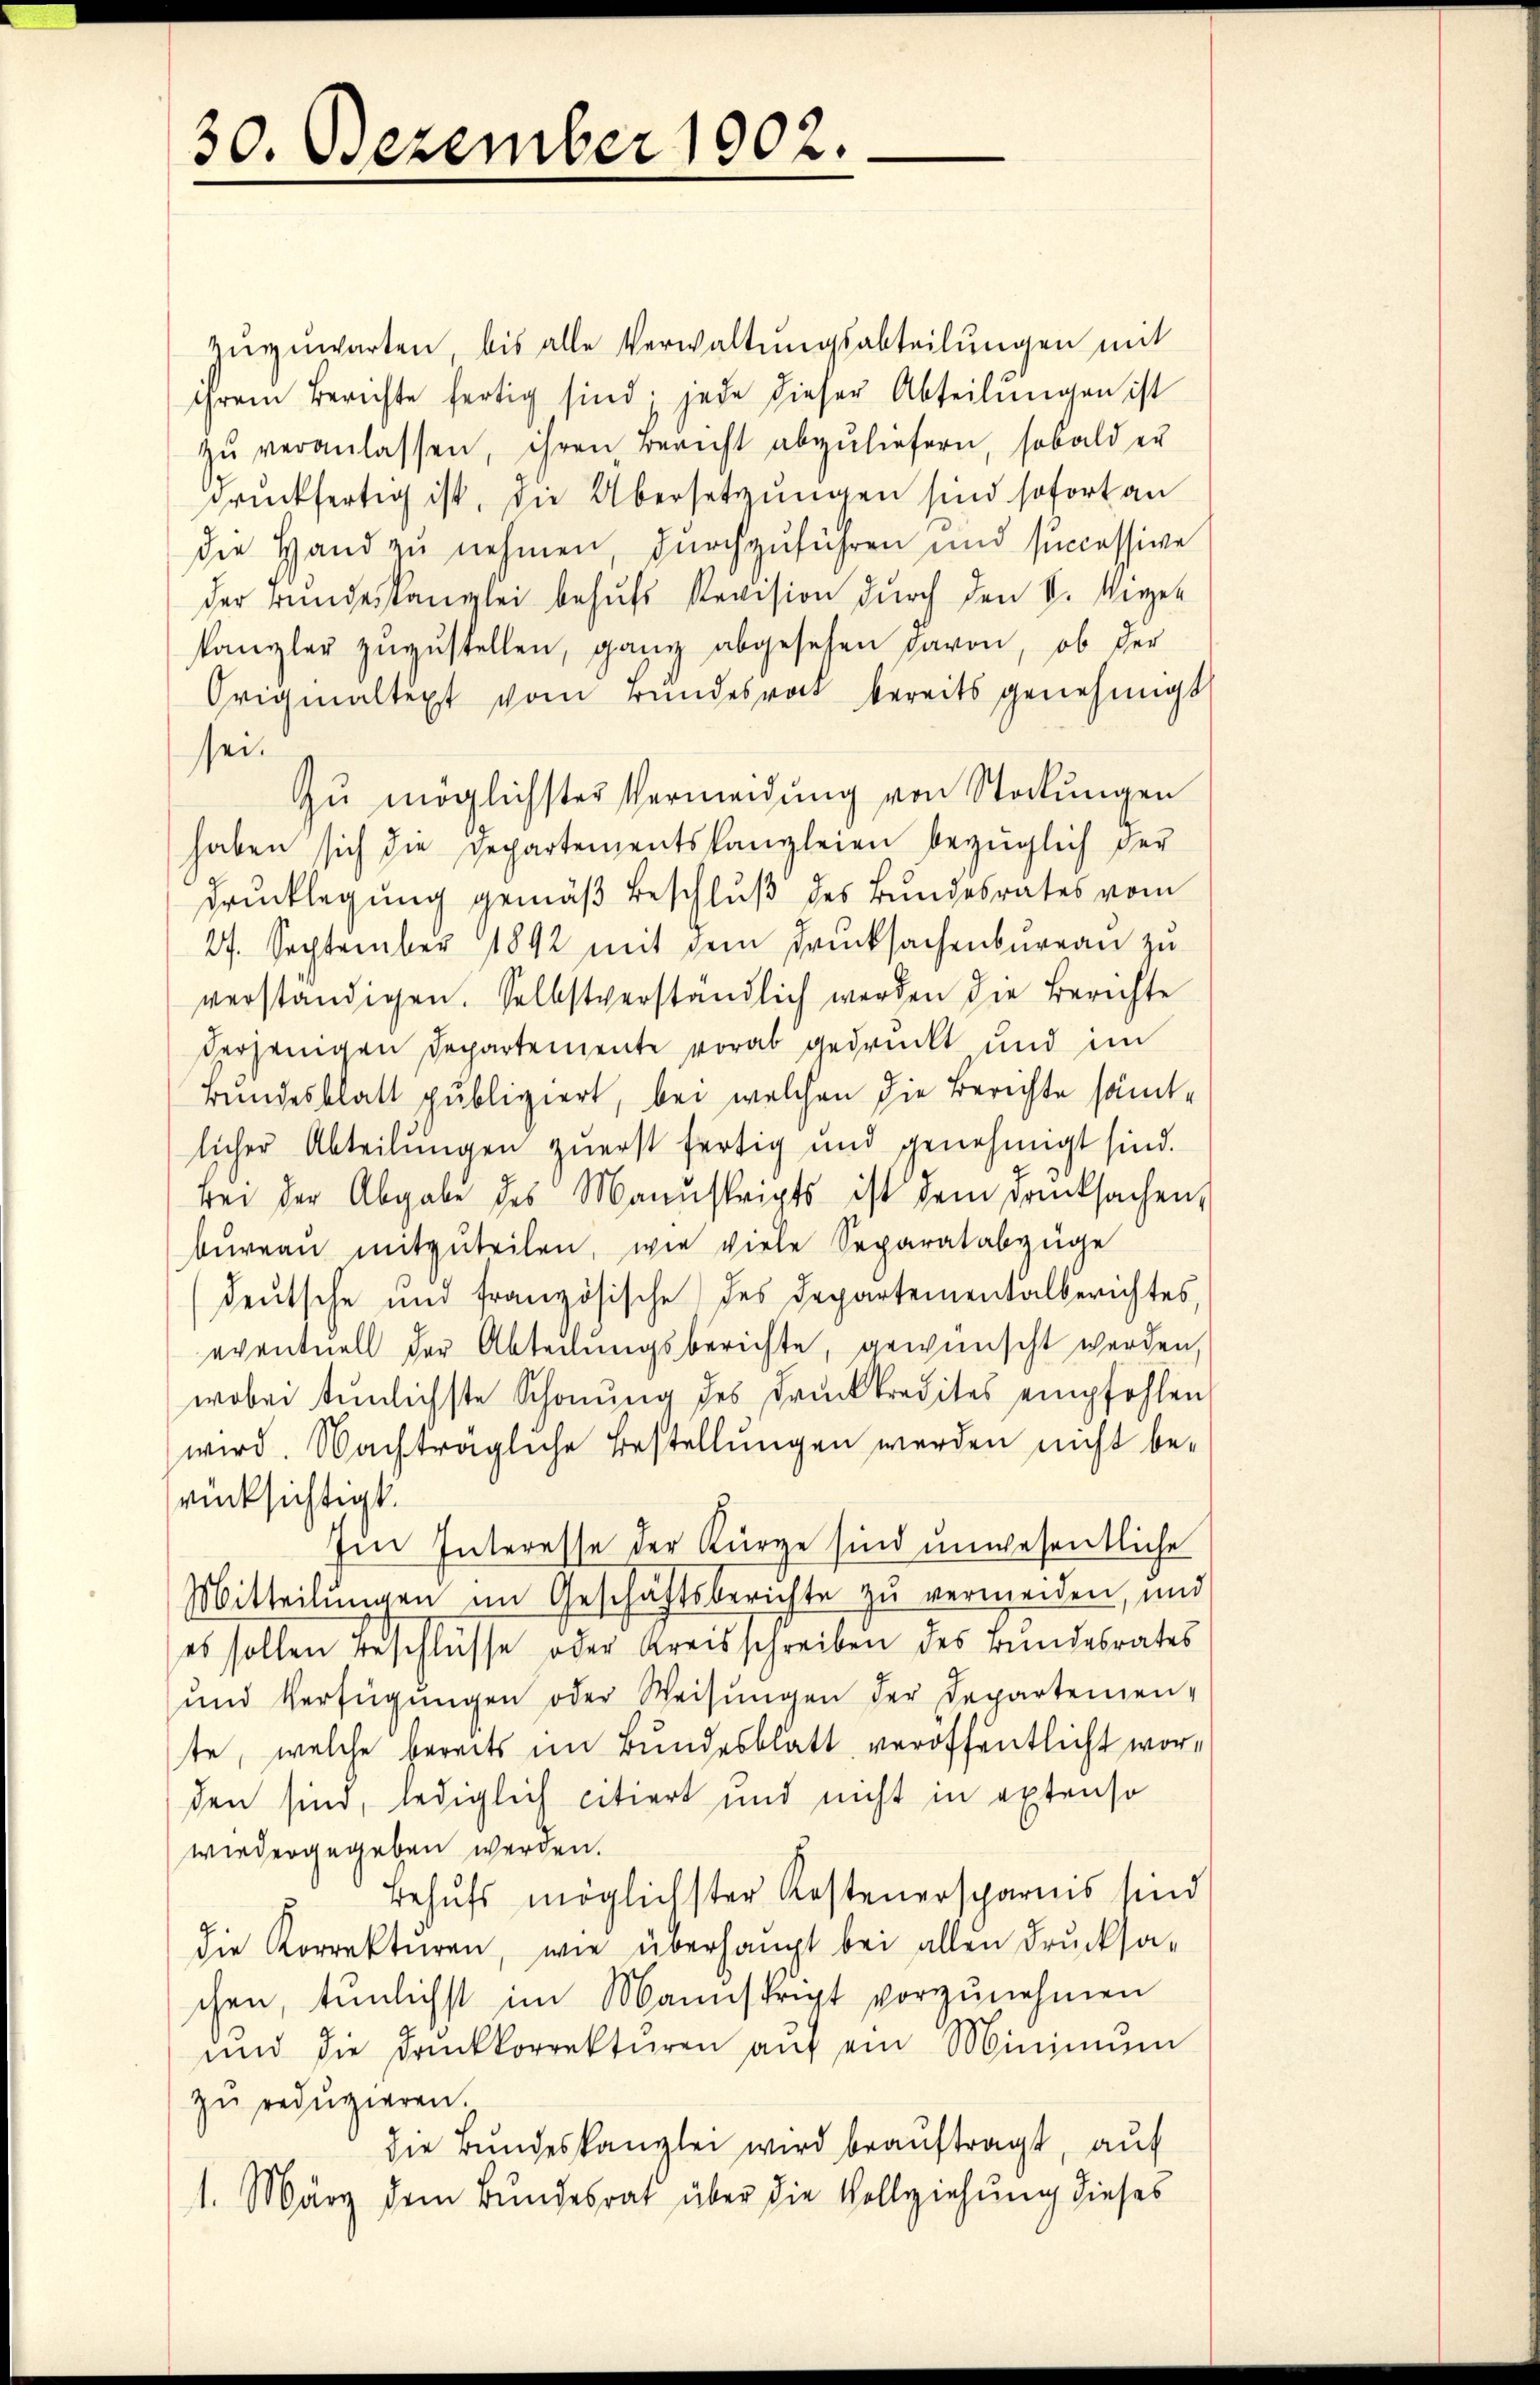
30. Dezember 1902.

zuzuwarten bis alle Verwaltungsabteilungen mit
ihrem Berichte fertig sind: jede dieser Abteilungen ist
zŭ veranlassen, ihren Bericht abzuliefern, sobald er
drückfertig ist, die Übersetzungen sind sofort an
die Hand zu nehmen, durchzuführen und successive
der Bundeskanzlei behŭfs Revision durch den V. Wiger
kanzler zŭzŭstellen, ganz abgesehen davon, ob der
Originaltext vom Bundesrock bereits genehmigt
sei.
Zu möglichster Vermeidung von Stockungen
haben sich die Departementskanzleien bezüglich der
Drucklegung gemäß Beschluß des Bundesrates vom
27. September 1892 mit dem Drucksachenbureau zu
verständigen. Selbstverständlich werden die Berichte
derjenigen Departemente vorab gedruckt und im
Bundesblatt publiziert, bei welchen die Berichte sämtlicher Abteilungen zuerst fertig und genehmigt sind.
bei der Abgabe des Manuskripts ist dem Drucksachen,
büreau mitzŭteilen, wie viele Separatabzüge
deutsche und französische des Departementalberichtes,
eventuell der Abteilungsberichte, gewünscht werden,
wobei tunlichste Schonung des Druckkredites empfohlen
wird. Nachträgliche Bestellungen werden nicht berücksichtigt.
Im Interesse der Kürze sind unwesentliche
Mitteilungen im Geschäftsberichte zu vermeiden, und
es sollen beschlüsse oder Kreisschreiben des Bundesrates
und Verfügŭngen oder Weisŭngen der Departemen-
ste, welche bereits im Bundesblatt, veröffentlicht worden sind, lediglich citiert und nicht in extenso
wiedergegeben werden.
Behŭfs möglichster Kostenersparnis sind
die Korrekturen, wie überhaupt bei allen Drucksa-
chen, tunlichst im Mannskript vorzunehmen
und die druckkorrektieren aŭf ein Minimum
zu reduzieren.
die Bundeskanzlei wird beauftragt, auf
1. März dem Bundesrat über die Vollziehung dieses